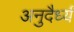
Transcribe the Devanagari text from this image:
अनुदैर्ध्यं